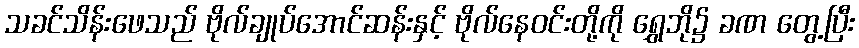
သခင်သိန်းဖေသည် ဗိုလ်ချုပ်အောင်ဆန်းနှင့် ဗိုလ်နေဝင်းတို့ကို ရွှေဘို၌ ခဏ တွေ့ပြီး